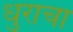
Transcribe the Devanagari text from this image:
धुराचा